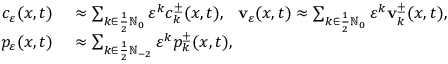
\begin{array} { r l } { c _ { \ensuremath { \varepsilon } } ( x , t ) } & { { } \approx \sum _ { k \in \frac 1 2 \ensuremath { \mathbb { N } } _ { 0 } } \ensuremath { \varepsilon } ^ { k } c _ { k } ^ { \pm } ( x , t ) , \ \ \mathbf { v } _ { \ensuremath { \varepsilon } } ( x , t ) \approx \sum _ { k \in \frac 1 2 \ensuremath { \mathbb { N } } _ { 0 } } \ensuremath { \varepsilon } ^ { k } \mathbf { v } _ { k } ^ { \pm } ( x , t ) , \ } \\ { p _ { \ensuremath { \varepsilon } } ( x , t ) } & { { } \approx \sum _ { k \in \frac 1 2 \ensuremath { \mathbb { N } } _ { - 2 } } \ensuremath { \varepsilon } ^ { k } p _ { k } ^ { \pm } ( x , t ) , } \end{array}